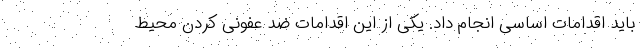
باید اقدامات اساسی انجام داد. یکی از این اقدامات ضد عفونی کردن محیط